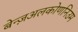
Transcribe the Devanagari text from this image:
बेन्ज़अलकोणनिउम